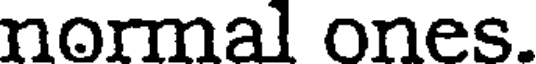
normal ones.